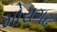
મોરાગઢ